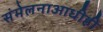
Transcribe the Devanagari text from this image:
संमेलनाआधीही